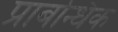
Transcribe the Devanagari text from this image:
प्राबन्धिक